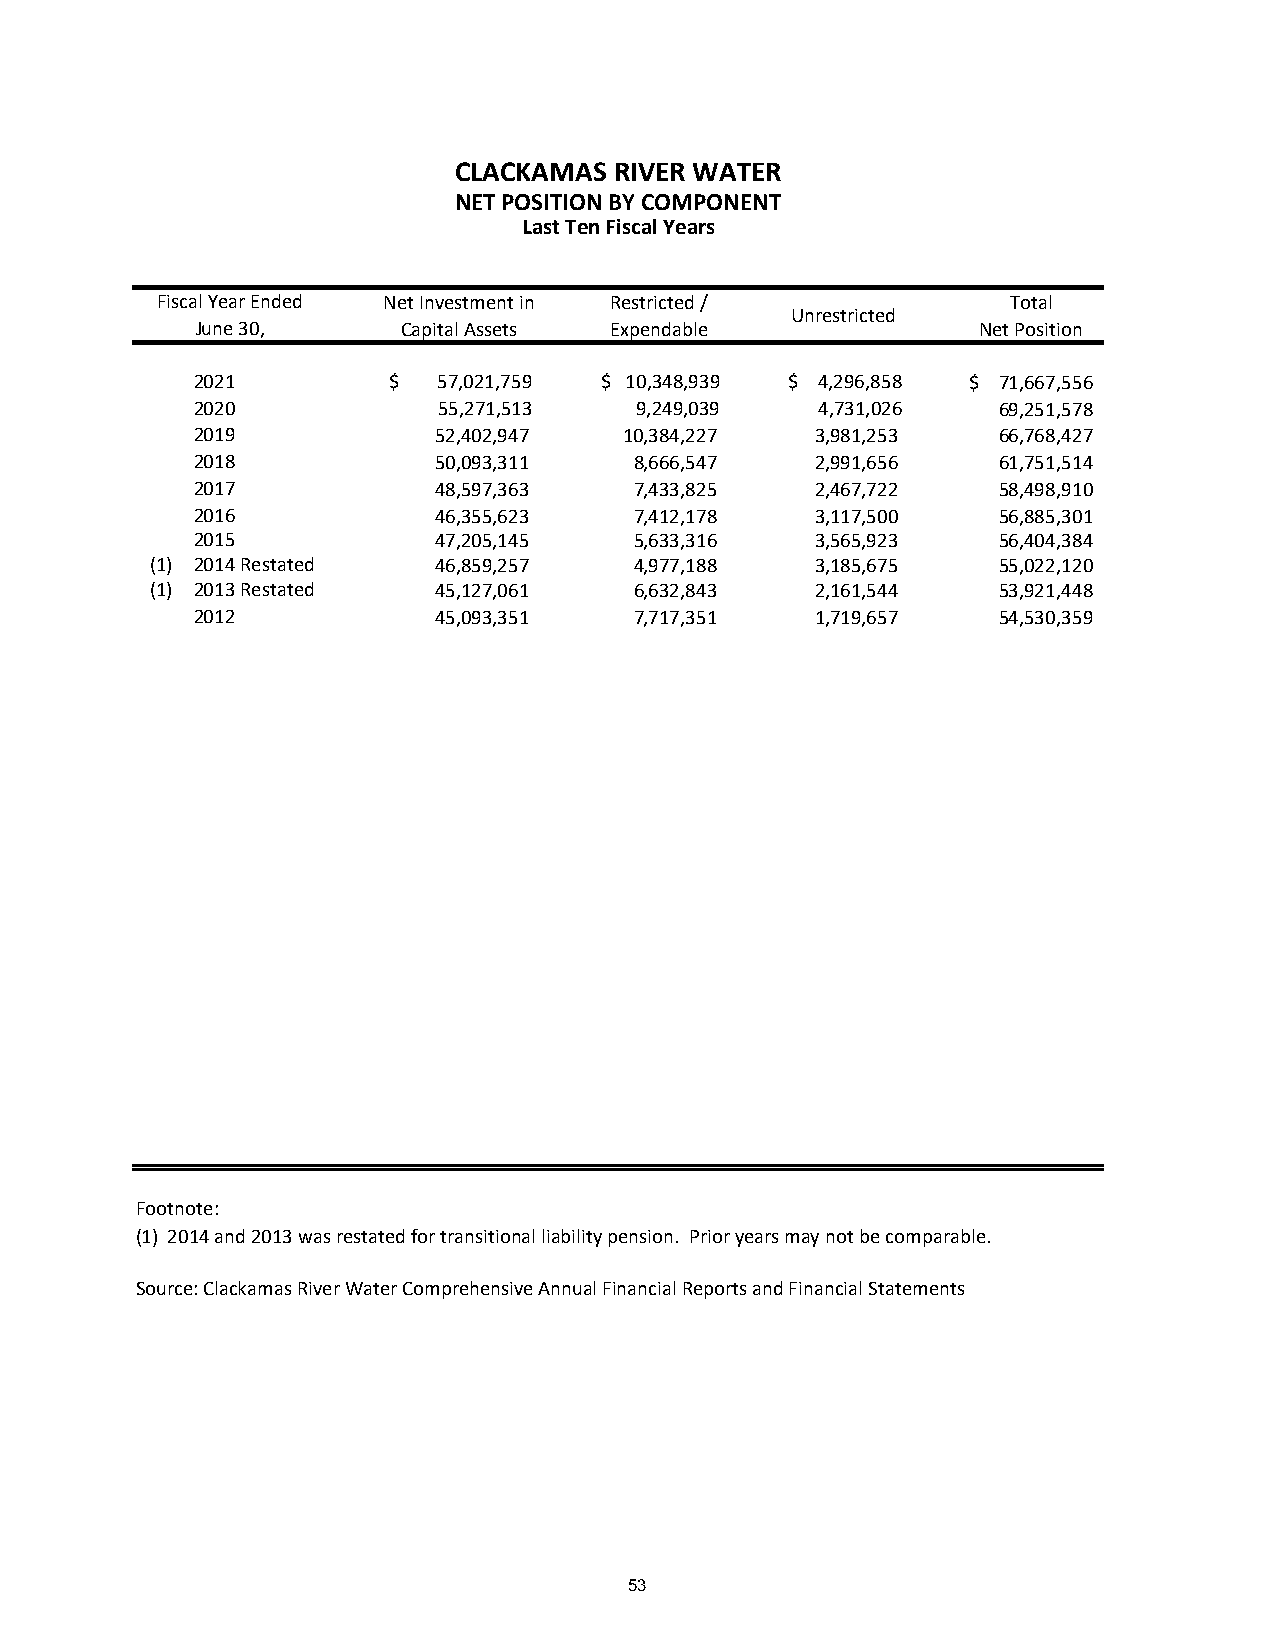
CLACKAMAS  RIVER WATER
 NET POSITION BY COMPONENT
 Last Ten Fiscal Years
 Fiscal Year Ended Net Investment in Restricted /         Total
 Unrestricted
 June 30,      Capital Assets Expendable             Net Position
 2021         $  57,021,759 $ 10,348,939 $ 4,296,858 $ 71,667,556
 2020            55,271,513   9,249,039   4,731,026   69,251,578
 2019            52,402,947  1 0,384,227  3,981,253   66,768,427
 2018            50,093,311   8,666,547   2,991,656   61,751,514
 2017            48,597,363   7,433,825   2,467,722   58,498,910
 2016            46,355,623   7,412,178   3,117,500   56,885,301
 2015            47,205,145   5,633,316   3,565,923   56,404,384
 (1) 2014 Restated  46,859,257   4,977,188   3,185,675   55,022,120
 (1) 2013 Restated  45,127,061   6,632,843   2,161,544   53,921,448
 2012            45,093,351   7,717,351   1,719,657   54,530,359
 Footnote:
 (1) 2014 and 2013 was restated for transitional liability pension. Prior years may not be comparable.
 Source: Clackamas River Water Comprehensive Annual Financial Reports and Financial Statements
 53